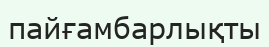
пайғамбарлықты